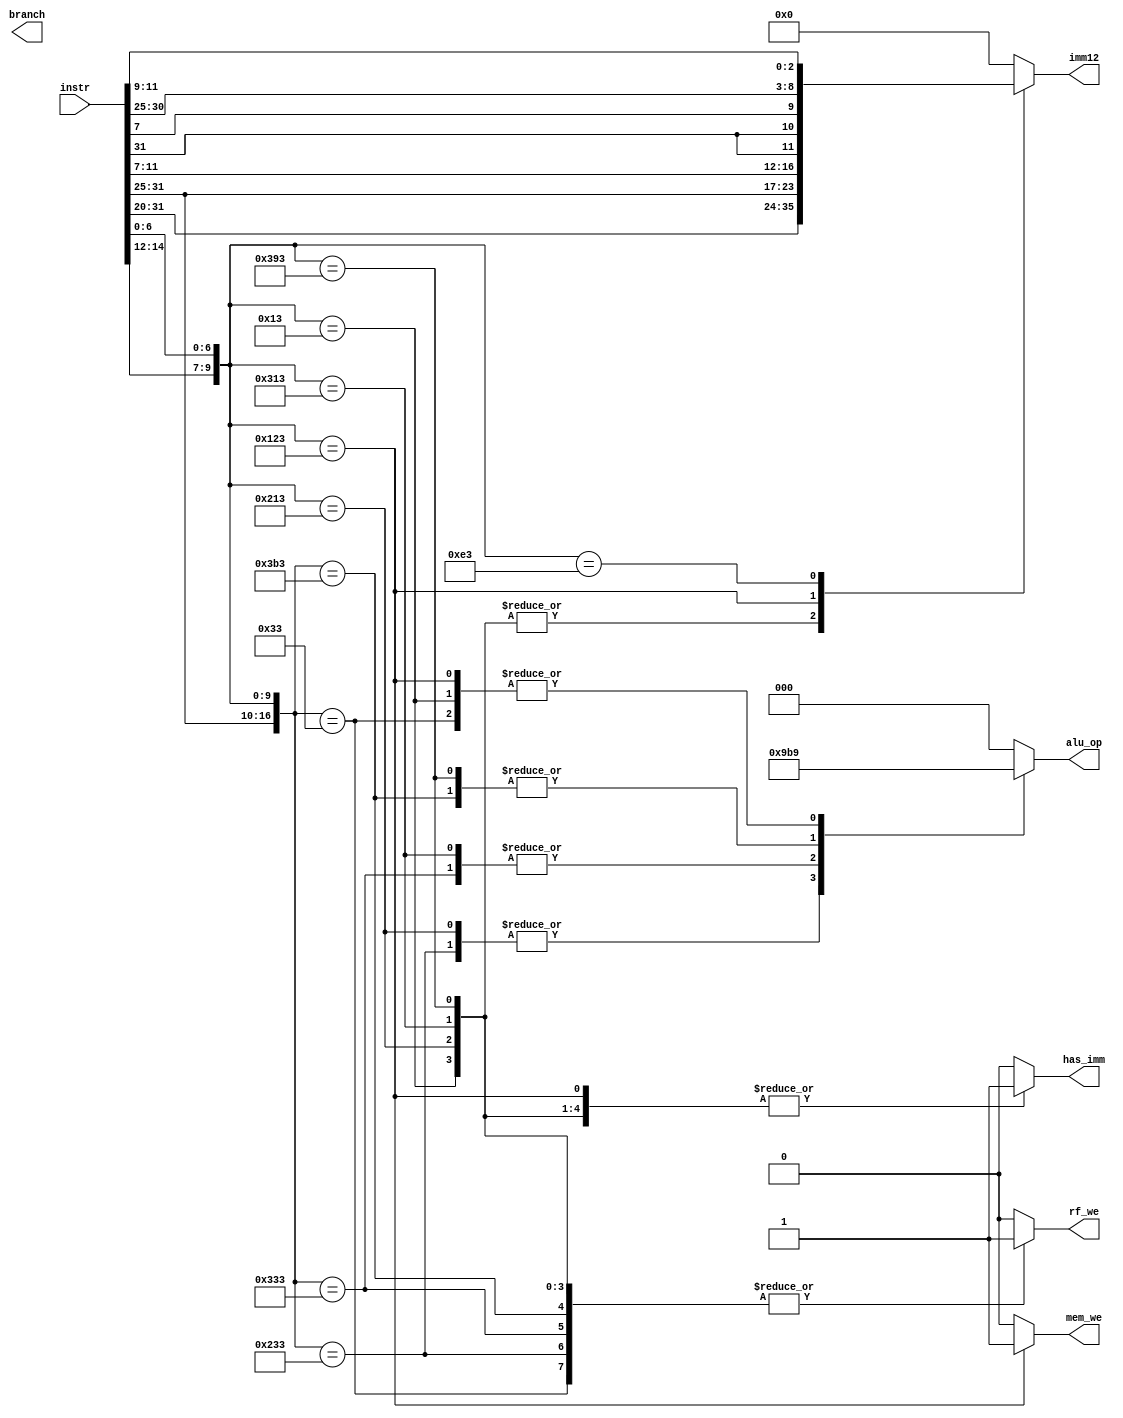
module control(
    input [31:0]instr,

    output reg [11:0]imm12,
    output reg rf_we,
    output reg [2:0]alu_op,
    output reg has_imm,
    output reg mem_we,
    output reg branch
);

wire [6:0]opcode = instr[6:0];
wire [2:0]funct3 = instr[14:12];
wire [1:0]funct2 = instr[26:25];
wire [4:0]funct5 = instr[31:27];

always @(*) begin
    rf_we = 1'b0;
    alu_op = 3'b0;
    imm12 = 12'b0;
    has_imm = 1'b0;
    mem_we = 1'b0;

    casez ({funct5, funct2, funct3, opcode})
        17'b?????_??_000_0010011: begin // ADDI
            $strobe("(%s) funct5 = %h, funct2 = %h, funct3 = %h, opcode = %h",
                "ADDI", funct5, funct2, funct3, opcode);
            rf_we = 1'b1;
            alu_op = 3'b001;
            imm12 = instr[31:20];
            has_imm = 1'b1;
        end
        17'b?????_??_100_0010011: begin // XORI
            $strobe("(%s) funct5 = %h, funct2 = %h, funct3 = %h, opcode = %h",
                "XORI", funct5, funct2, funct3, opcode);
            rf_we = 1'b1;
            alu_op = 3'b100;
            imm12 = instr[31:20];
            has_imm = 1'b1;
        end
        17'b?????_??_110_0010011: begin // ORI
            $strobe("(%s) funct5 = %h, funct2 = %h, funct3 = %h, opcode = %h",
                "ORI", funct5, funct2, funct3, opcode);
            rf_we = 1'b1;
            alu_op = 3'b110;
            imm12 = instr[31:20];
            has_imm = 1'b1;
        end
        17'b?????_??_111_0010011: begin // ANDI
            $strobe("(%s) funct5 = %h, funct2 = %h, funct3 = %h, opcode = %h",
                "ANDI", funct5, funct2, funct3, opcode);
            rf_we = 1'b1;
            alu_op = 3'b111;
            imm12 = instr[31:20];
            has_imm = 1'b1;
        end
        17'b00000_00_000_0110011: begin // ADD
            $strobe("(%s) funct5 = %h, funct2 = %h, funct3 = %h, opcode = %h",
                "ADD", funct5, funct2, funct3, opcode);
            rf_we = 1'b1;
            alu_op = 3'b001;
            has_imm = 1'b0;
        end
        17'b00000_00_100_0110011: begin // XOR
            $strobe("(%s) funct5 = %h, funct2 = %h, funct3 = %h, opcode = %h",
                "XOR", funct5, funct2, funct3, opcode);
            rf_we = 1'b1;
            alu_op = 3'b100;
            has_imm = 1'b0;
        end
        17'b00000_00_110_0110011: begin // OR
            $strobe("(%s) funct5 = %h, funct2 = %h, funct3 = %h, opcode = %h",
                "OR", funct5, funct2, funct3, opcode);
            rf_we = 1'b1;
            alu_op = 3'b110;
            has_imm = 1'b0;
        end
        17'b00000_00_111_0110011: begin // AND
            $strobe("(%s) funct5 = %h, funct2 = %h, funct3 = %h, opcode = %h",
                "AND", funct5, funct2, funct3, opcode);
            rf_we = 1'b1;
            alu_op = 3'b111;
            has_imm = 1'b0;
        end
        17'b?????_??_010_0100011: begin // SW
            $strobe("(%s) funct5 = %h, funct2 = %h, funct3 = %h, opcode = %h",
                "SW", funct5, funct2, funct3, opcode);
            rf_we = 1'b0;
            alu_op = 3'b001;
            imm12 = {instr[31:25], instr[11:7]};
            has_imm = 1'b1;
            mem_we = 1'b1;
        end
        17'b?????_??_001_1100011: begin // BNE
            $strobe("(%s) funct5 = %h, funct2 = %h, funct3 = %h, opcode = %h",
                "BNE", funct5, funct2, funct3, opcode);
            imm12 = {instr[31], instr[31], instr[7], instr[30:25], instr[11:9]};
            /*
            *   Problem 2:
            *   Drive other signals here
            */
        end
        /*
        *   Problem 3:
        *   Describe BEQ instruction here
        */
        default: begin
            $strobe("(%s) funct5 = %h, funct2 = %h, funct3 = %h, opcode = %h",
                "UNKNOWN INSTRUCTION", funct5, funct2, funct3, opcode);
        end
    endcase
end

endmodule